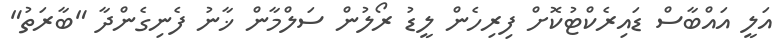
އަލީ އައްބާސް ޑައިރެކްޓުކޮށް ފިރިހެން ލީޑު ރޯލުން ސަލްމާން ޚާނު ފެނިގެންދާ "ބާރަތު"